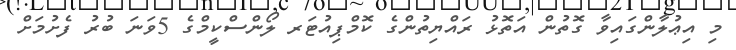
މި އިޢުލާންގައިވާ ގޮތުން އަތޮޅު ރައްޔިތުންގެ ކޮމްޕިއުޓަރ ލޯންސްކީމްގެ 5ވަނަ ބުރު ފެށުމަށް